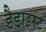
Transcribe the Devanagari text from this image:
डैडाइस्ट